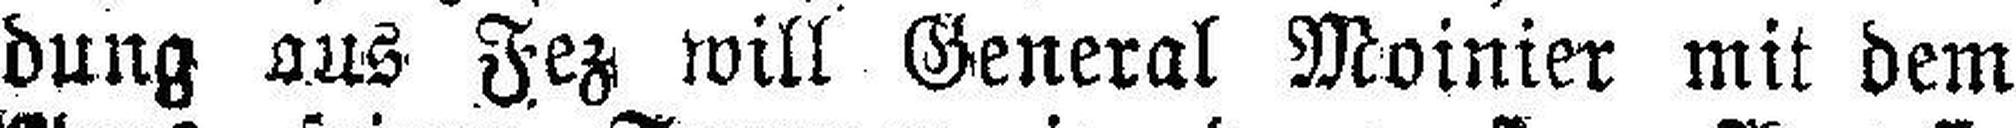
dung aus Fez will General Moinier mit dem